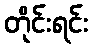
တိုင်းရင်း